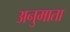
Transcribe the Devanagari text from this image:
अनुमाता